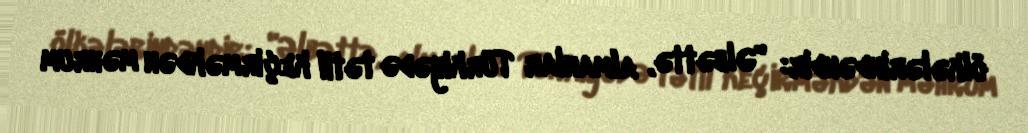
ölkələrindəndir: "Əlbəttə, almanlar Türkiyədə tətil keçirməkdən məhrum